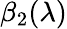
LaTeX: \beta_{2}(\lambda)